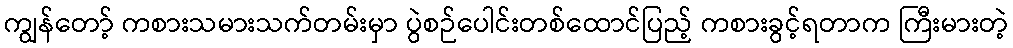
ကျွန်တော့် ကစားသမားသက်တမ်းမှာ ပွဲစဉ်ပေါင်းတစ်ထောင်ပြည့် ကစားခွင့်ရတာက ကြီးမားတဲ့